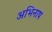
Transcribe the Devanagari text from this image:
अभिनाष